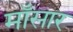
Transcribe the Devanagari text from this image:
माँसार